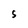
Character: S